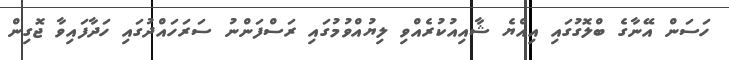
ހަސަން އޭނާގެ ބްލޮގުގައި އިއްޔެ ޝާއިއުކުރެއްވި ލިޔުއްވުމުގައި ރަސްފަންނު ސަރަހައްދުގައި ހަދާފައިވާ ޖޮގިން